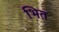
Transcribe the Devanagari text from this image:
भित